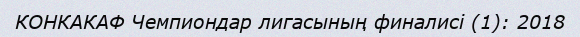
КОНКАКАФ Чемпиондар лигасының финалисі (1): 2018